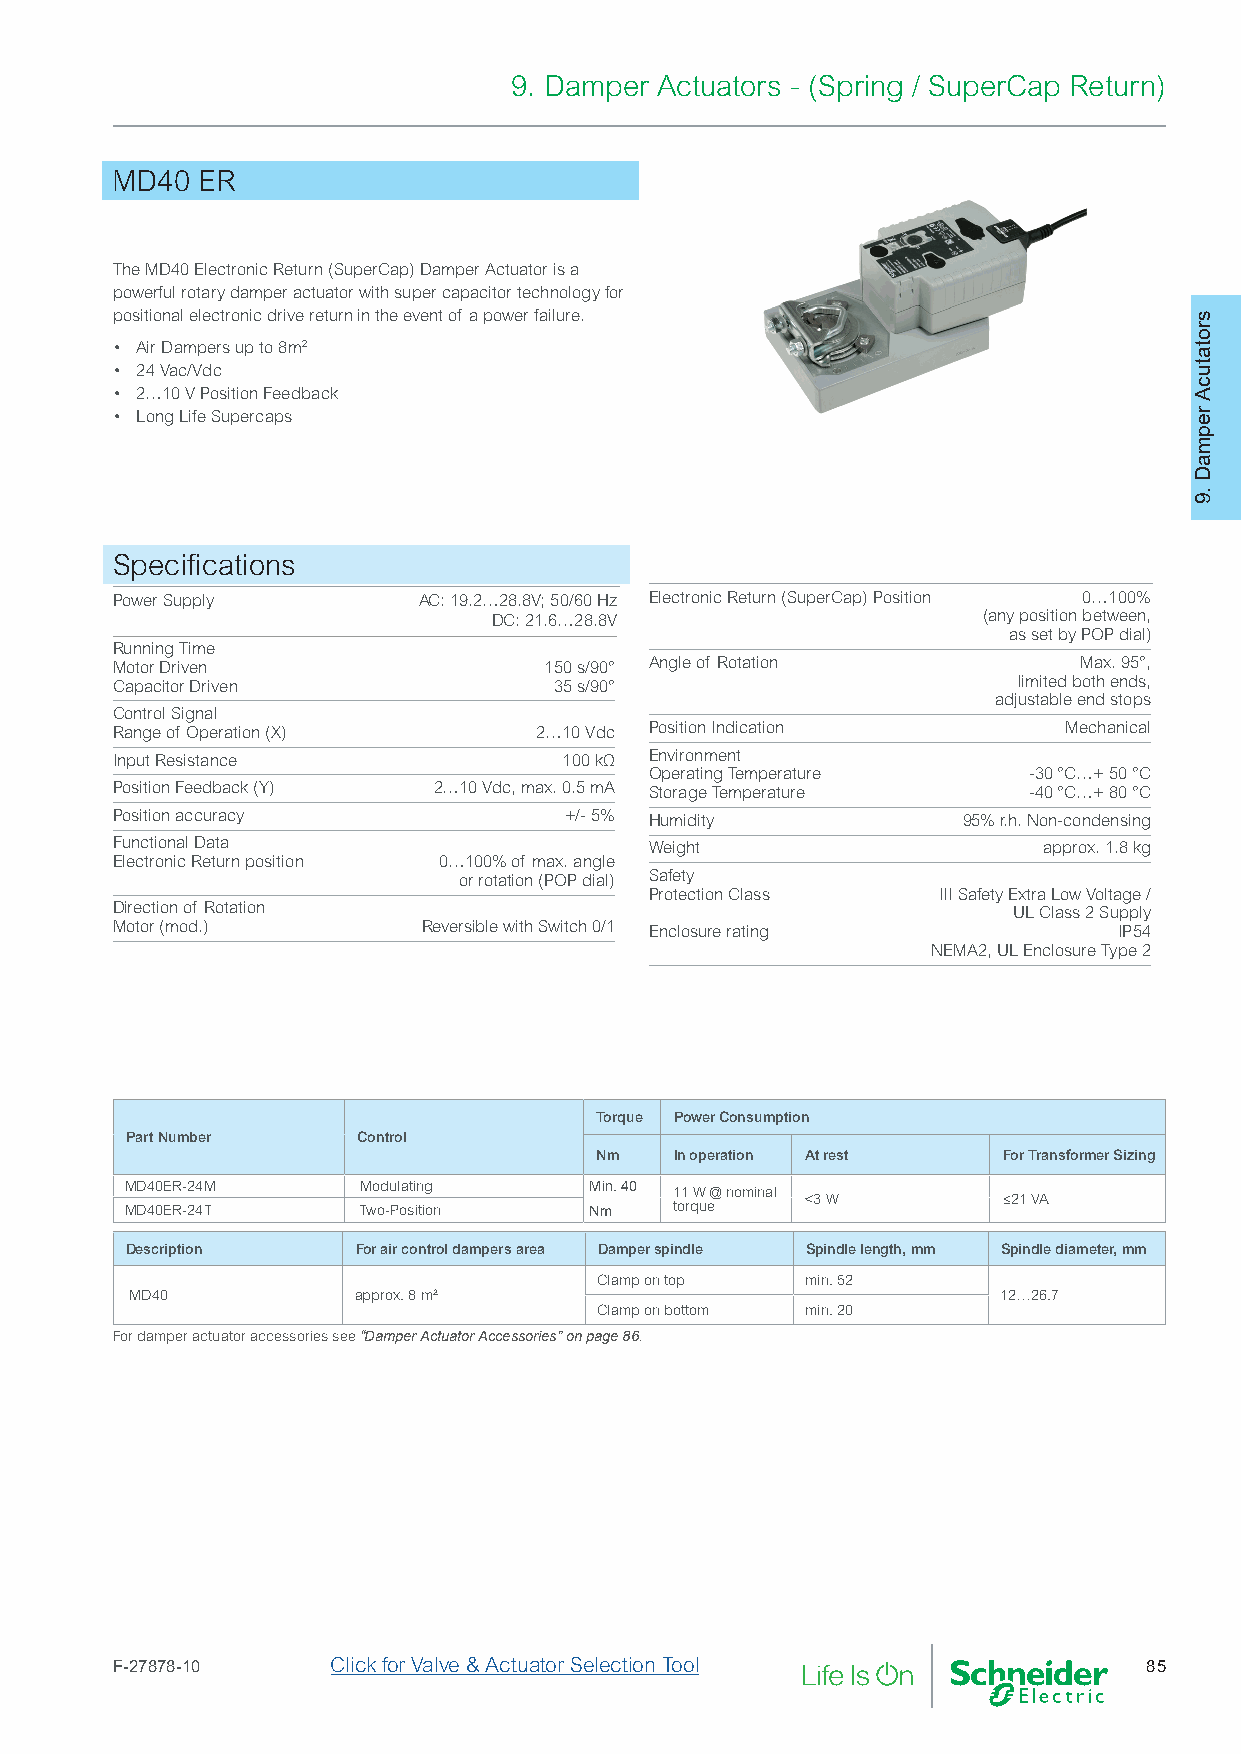
9. Damper Actuators - (Spring / SuperCap Return)
 MD40  ER
 The MD40 Electronic Return (SuperCap) Damper Actuator is a
 powerful rotary damper actuator with super capacitor technology for
 positional electronic drive return in the event of a power failure.
 • Air Dampers up to 8m2
 • 24 Vac/Vdc
 • 2…10 V Position Feedback
 • Long Life Supercaps
 Specifications
 Power Supply         AC: 19.2…28.8V; 50/60 Hz Electronic Return (SuperCap) Position 0…100%
 DC: 21.6…28.8V                  (any position between,
 as set by POP dial)
 Running Time
 Motor Driven                 150 s/90° Angle of Rotation        Max. 95°,
 Capacitor Driven              35 s/90°                      limited both ends,
 adjustable end stops
 Control Signal
 Range of Operation (X)      2…10 Vdc Position Indication       Mechanical
 Input Resistance              100 kΩ Environment
 Operating Temperature    -30 °C…+ 50 °C
 Position Feedback (Y) 2…10 Vdc, max. 0.5 mA Storage Temperature -40 °C…+ 80 °C
 Position accuracy             +/- 5% Humidity            95% r.h. Non-condensing
 Functional Data                     Weight                    approx. 1.8 kg
 Electronic Return position 0…100% of max. angle
 or rotation (POP dial) Safety
 Protection Class   III Safety Extra Low Voltage /
 Direction of Rotation                                       UL Class 2 Supply
 Motor (mod.)         Reversible with Switch 0/1 Enclosure rating   IP54
 NEMA2, UL Enclosure Type 2
 Torque Power Consumption
 Part Number     Control
 Nm    In operation At rest For Transformer Sizing
 MD40ER-24M      Modulating     Min. 40 11 W @ nominal
 <3 W         ≤21 VA
 MD40ER-24T      Two-Position   Nm    torque
 Description     For air control dampers area Damper spindle Spindle length, mm Spindle diameter, mm
 Clamp on top  min. 52
 MD40          approx. 8 m²                               12…26.7
 Clamp on bottom min. 20
 For damper actuator accessories see “Damper Actuator Accessories” on page 86.
 F-27878-10     Click for Valve & Actuator Selection Tool             85
 srotatucA
 repmaD
 .9